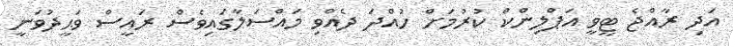
އަދި ރާއްޖެ ޓީވީ އަޕްލިންކް ކުރުމަށް ހުއްދަ ދެއްވި މައްސަލާގައިވެސް ރައީސް ވަޙީދުވަނީ